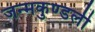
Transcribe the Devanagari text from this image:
जन्‍मकुण्‍डली